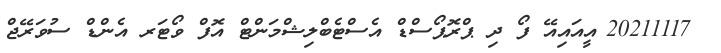
_ 20211117_އީއައިއޭ ފޯ ދި ޕްރޮޕޯސްޑް އެސްޓެބްލިޝްމަންޓް އޮފް ވޯޓަރ އެންޑް ސުވަރޭޖް